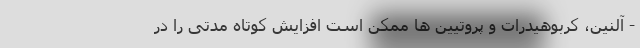
- آلنین، کربوهیدرات و پروتیین ها ممکن است افزایش کوتاه مدتی را در